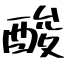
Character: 酸